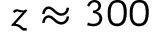
z \approx 3 0 0